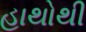
હાથોથી